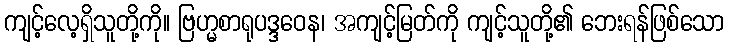
ကျင့်လေ့ရှိသူတို့ကို။ ဗြဟ္မစာရုပဒ္ဒဝေန၊ အကျင့်မြတ်ကို ကျင့်သူတို့၏ ဘေးရန်ဖြစ်သော